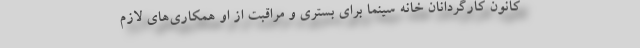
کانون کارگردانان خانه سینما برای بستری و مراقبت از او همکاری‌های لازم